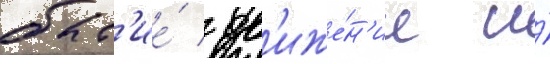
быт'ие́ / дв'иже́н'ие и́